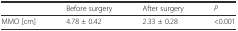
<table><thead><tr><td></td><td><b>Before surgery</b></td><td><b>After surgery</b></td><td><b><i>P</i></b></td></tr></thead><tbody><tr><td>MMO [cm]</td><td>4.78 ± 0.42</td><td>2.33 ± 0.28</td><td>&lt;0.001</td></tr></tbody></table>